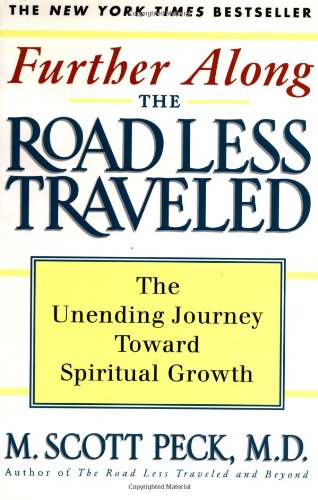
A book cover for Further Along the Road Less Traveled: The Unending Journey Towards Spiritual Growth; M. Scott Peck; Religion & Spirituality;